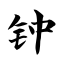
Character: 钟